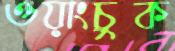
ওয়াংচুক